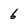
Character: 6